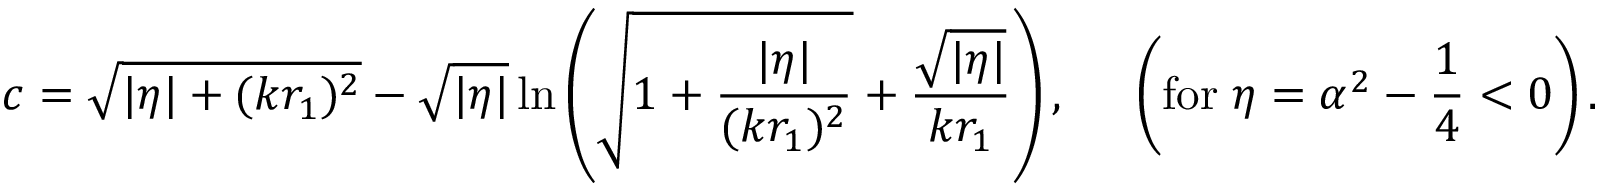
c = \sqrt { | \eta | + ( k r _ { 1 } ) ^ { 2 } } - \sqrt { | \eta | } \ln \left( \sqrt { 1 + \frac { | \eta | } { ( k r _ { 1 } ) ^ { 2 } } } + \frac { \sqrt { | \eta | } } { k r _ { 1 } } \right) , \; \; \; \; \; \left( \mathrm { f o r } \; \eta = \alpha ^ { 2 } - \frac { 1 } { 4 } < 0 \right) .